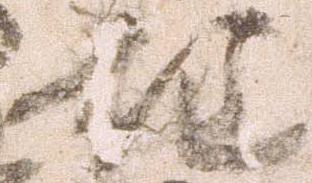
住